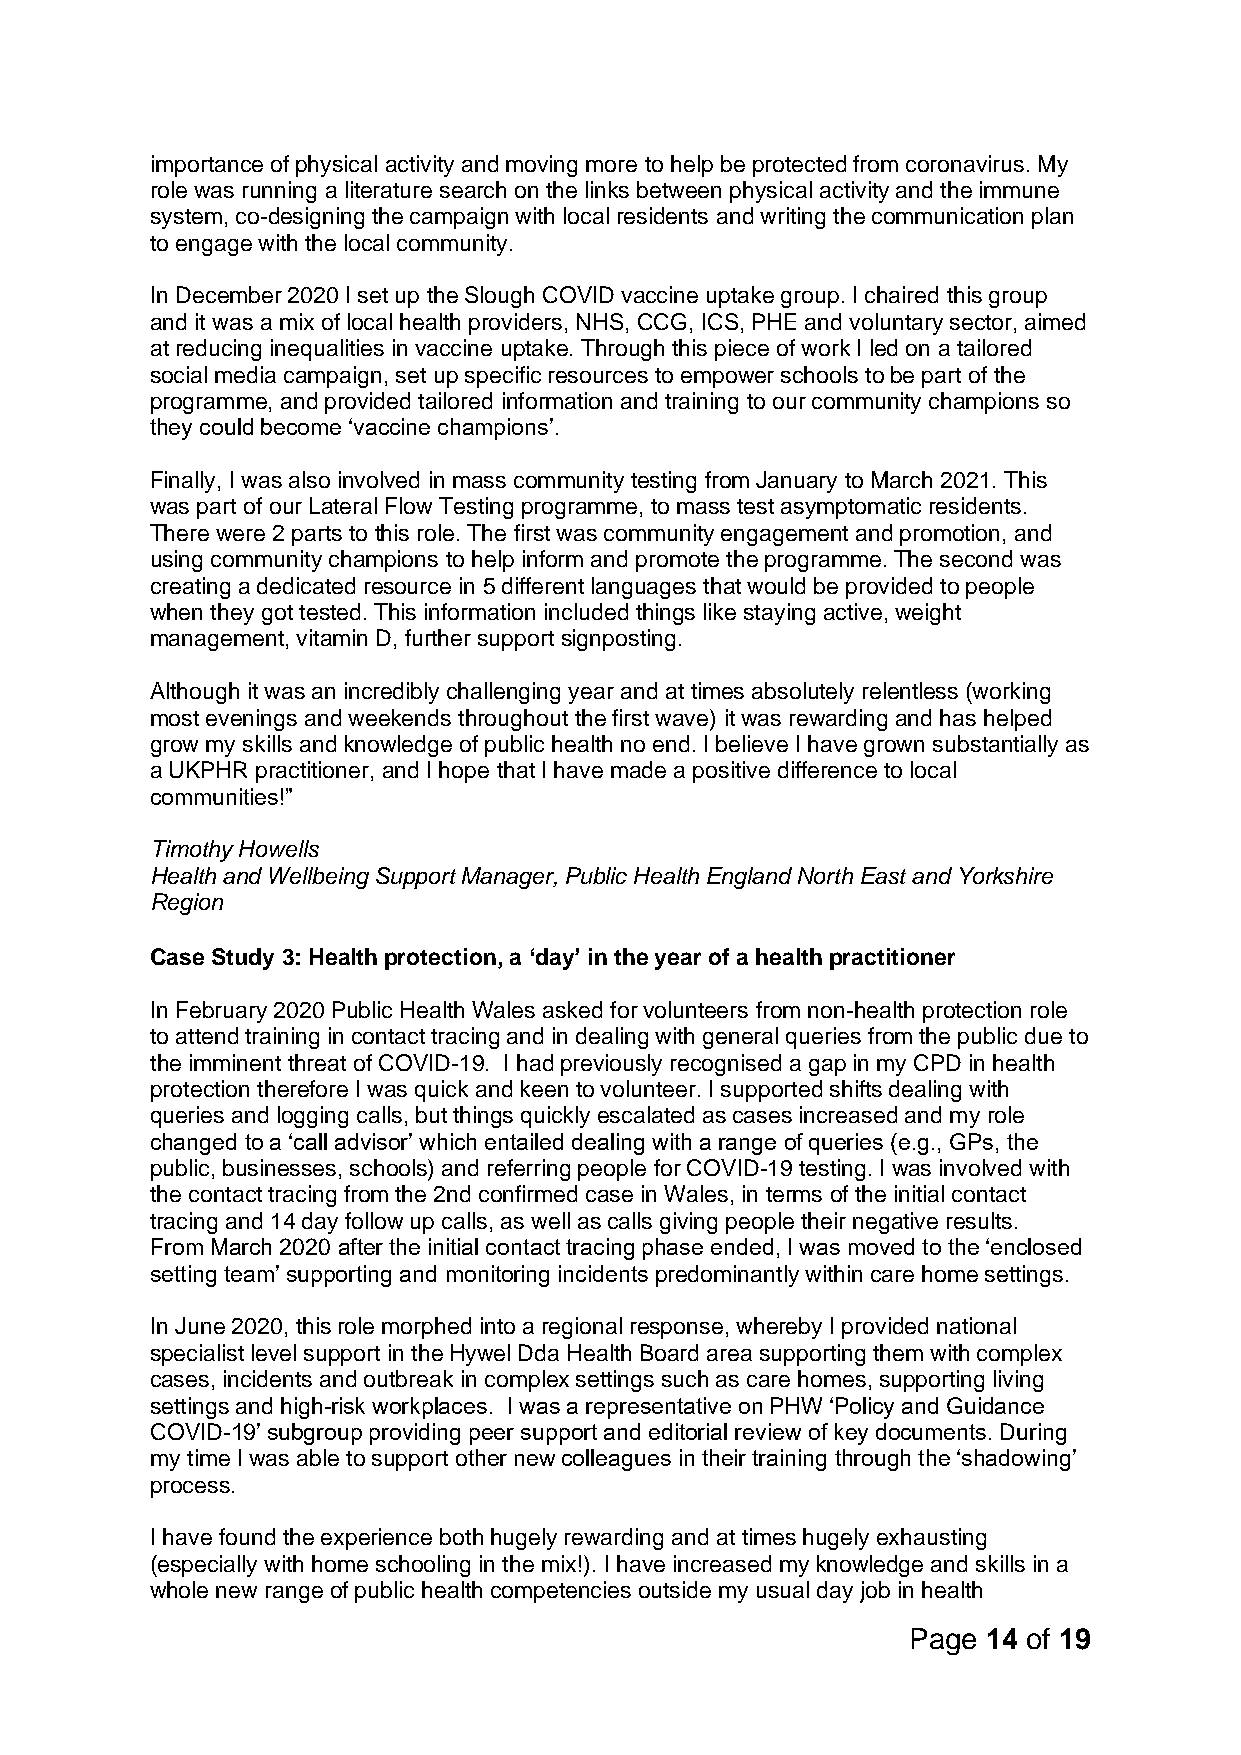
importance of physical activity and moving more to help be protected from coronavirus. My
 role was running a literature search on the links between physical activity and the immune
 system, co-designing the campaign with local residents and writing the communication plan
 to engage with the local community.
 In December 2020 I set up the Slough COVID vaccine uptake group. I chaired this group
 and it was a mix of local health providers, NHS, CCG, ICS, PHE and voluntary sector, aimed
 at reducing inequalities in vaccine uptake. Through this piece of work I led on a tailored
 social media campaign, set up specific resources to empower schools to be part of the
 programme, and provided tailored information and training to our community champions so
 they could become ‘vaccine champions’.
 Finally, I was also involved in mass community testing from January to March 2021. This
 was part of our Lateral Flow Testing programme, to mass test asymptomatic residents.
 There were 2 parts to this role. The first was community engagement and promotion, and
 using community champions to help inform and promote the programme. The second was
 creating a dedicated resource in 5 different languages that would be provided to people
 when they got tested. This information included things like staying active, weight
 management, vitamin D, further support signposting.
 Although it was an incredibly challenging year and at times absolutely relentless (working
 most evenings and weekends throughout the first wave) it was rewarding and has helped
 grow my skills and knowledge of public health no end. I believe I have grown substantially as
 a UKPHR practitioner, and I hope that I have made a positive difference to local
 communities!”
 Timothy Howells
 Health and Wellbeing Support Manager, Public Health England North East and Yorkshire
 Region
 Case Study 3: Health protection, a ‘day’ in the year of a health practitioner
 In February 2020 Public Health Wales asked for volunteers from non-health protection role
 to attend training in contact tracing and in dealing with general queries from the public due to
 the imminent threat of COVID-19. I had previously recognised a gap in my CPD in health
 protection therefore I was quick and keen to volunteer. I supported shifts dealing with
 queries and logging calls, but things quickly escalated as cases increased and my role
 changed to a ‘call advisor’ which entailed dealing with a range of queries (e.g., GPs, the
 public, businesses, schools) and referring people for COVID-19 testing. I was involved with
 the contact tracing from the 2nd confirmed case in Wales, in terms of the initial contact
 tracing and 14 day follow up calls, as well as calls giving people their negative results.
 From March 2020 after the initial contact tracing phase ended, I was moved to the ‘enclosed
 setting team’ supporting and monitoring incidents predominantly within care home settings.
 In June 2020, this role morphed into a regional response, whereby I provided national
 specialist level support in the Hywel Dda Health Board area supporting them with complex
 cases, incidents and outbreak in complex settings such as care homes, supporting living
 settings and high-risk workplaces. I was a representative on PHW ‘Policy and Guidance
 COVID-19’ subgroup providing peer support and editorial review of key documents. During
 my time I was able to support other new colleagues in their training through the ‘shadowing’
 process.
 I have found the experience both hugely rewarding and at times hugely exhausting
 (especially with home schooling in the mix!). I have increased my knowledge and skills in a
 whole new range of public health competencies outside my usual day job in health
 Page 14 of 19